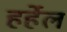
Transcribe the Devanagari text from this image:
हर्हेल